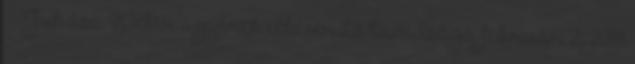
Juhász Péter ügyének elkeserítő tanulsága február 2, 2018